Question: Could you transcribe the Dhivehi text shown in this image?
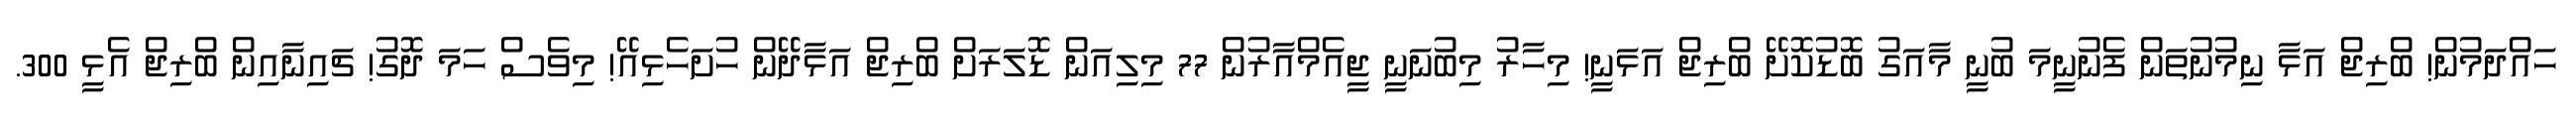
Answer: ހައްދަމުން! ބްރިޖް އަޅާ ނިމުނުތަން ފެނުނީމަ ބުނީ މާއަގު ބޮޑުކޮށޭ ބްރިޖް އަޅަނީ! މިހާރު މިބުނަނީ ޖީއެމްއާރުން 77 މިލިއަން ޑޮލަރަށް ބްރިޖް އަޅާދޭން ހުށަހެޅިއޭ! މިވެސް ހަމަ ދޮގު! ޗައިނާއިން ބްރިޖް އެޅީ 300.